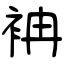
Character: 袡